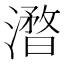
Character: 𣿥